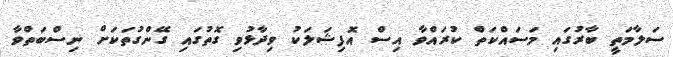
ސަލާމަތީ ބާރުގައި މަސައްކަތް ކުރައްވާ އިސް އޮފިޝަލަކު ވިދާޅުވި ގޮތުގައި ގޭންގުތަކަށް ނިސްބަތްވާ